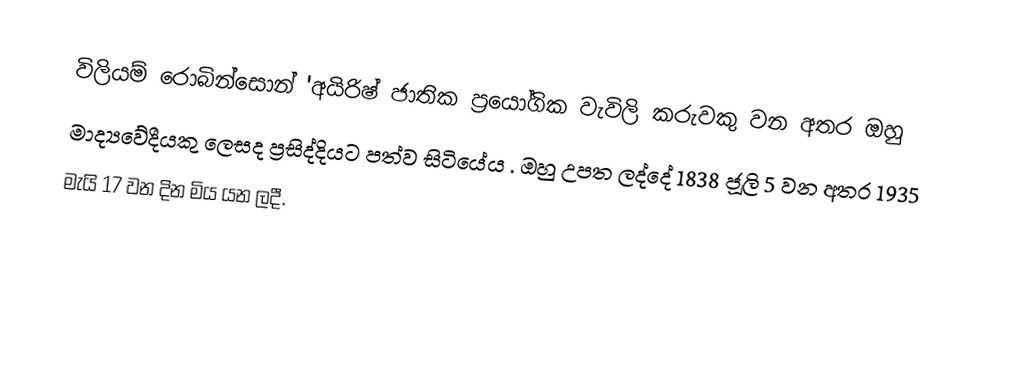
විලියම් රොබින්සොන් 'අයිරිෂ් ජාතික ප්‍රයෝගික වැවිලි කරුවකු වන අතර ඔහු
මාද්‍යවේදීයකු ලෙසද ප්‍රසිද්දියට පත්ව සිටියේය .  ඔහු උපත ලද්දේ 1838 ජූලි 5 වන අතර 1935
මැයි  17 වන දින මිය යන ලදී.